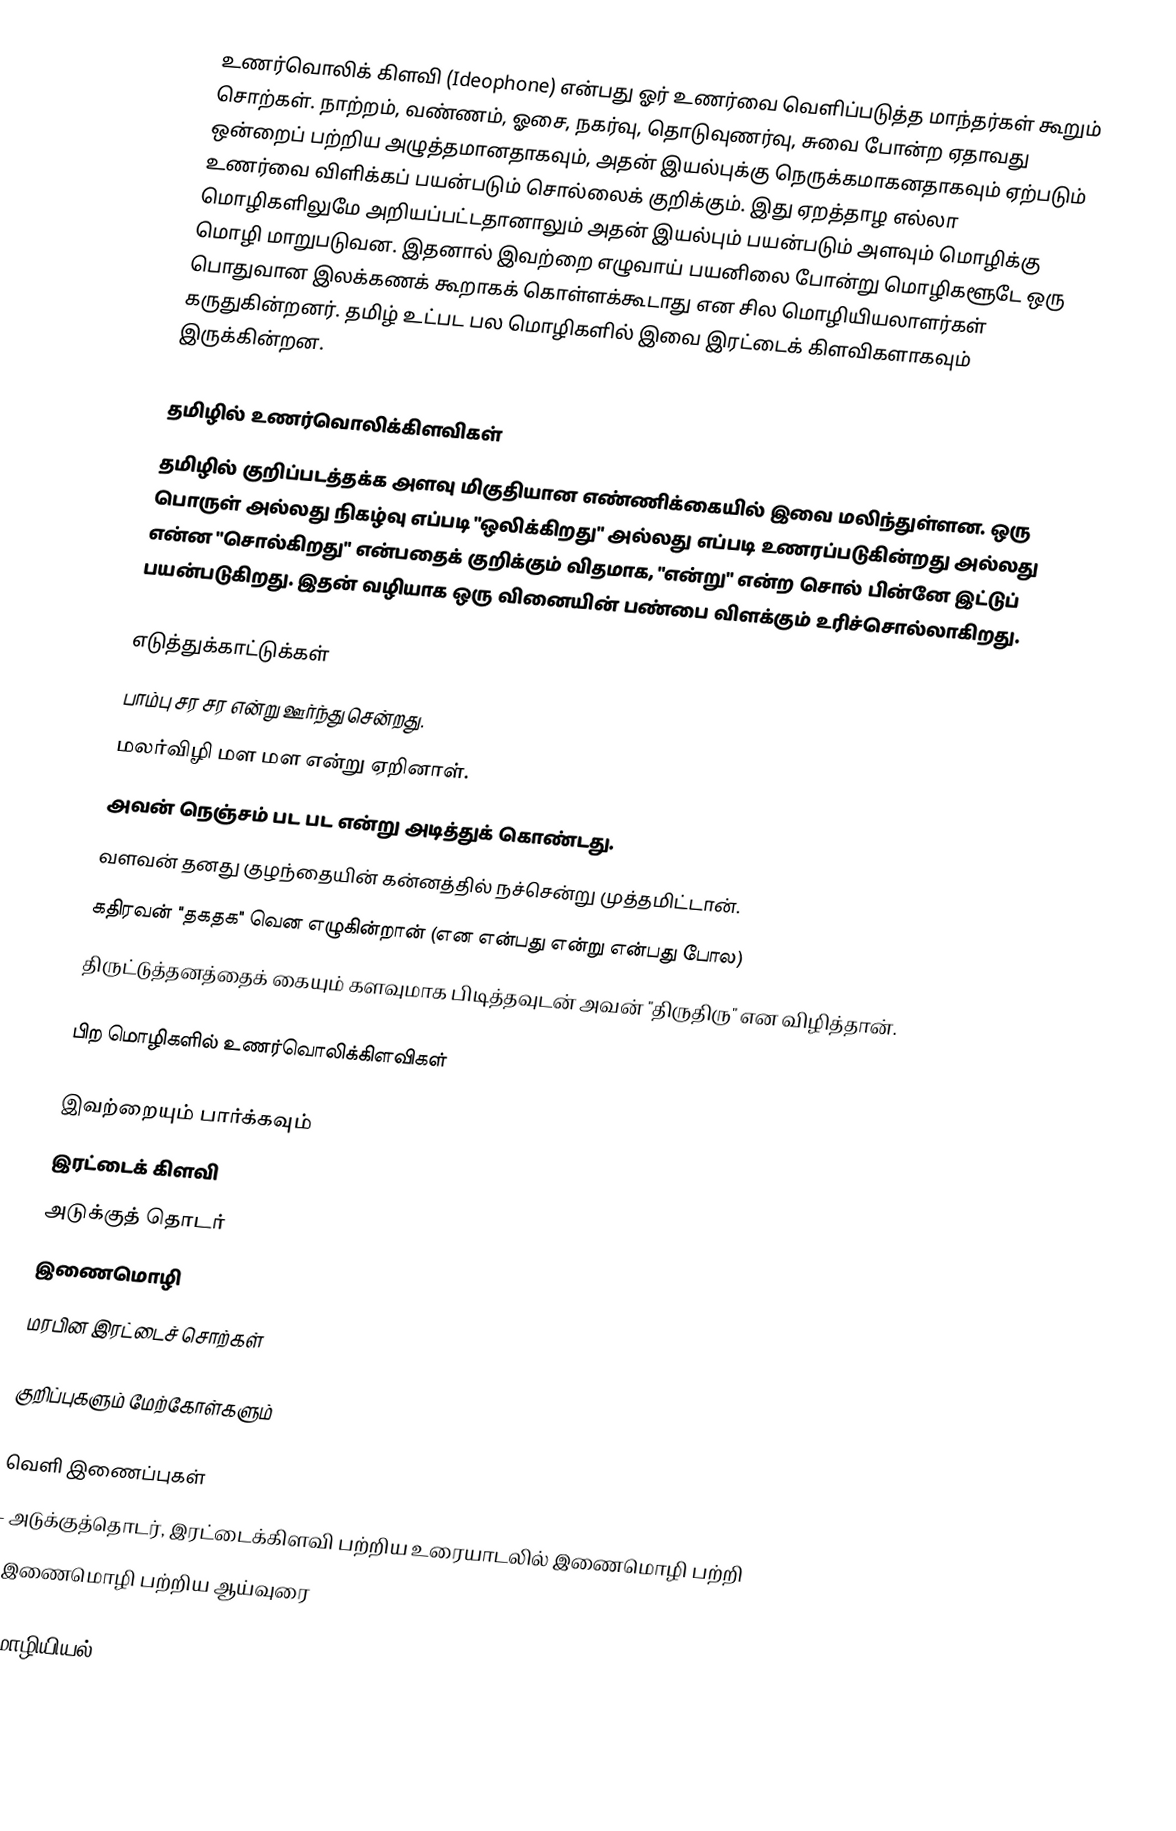
உணர்வொலிக் கிளவி (Ideophone) என்பது ஓர் உணர்வை வெளிப்படுத்த மாந்தர்கள் கூறும் சொற்கள். நாற்றம், வண்ணம், ஓசை, நகர்வு, தொடுவுணர்வு, சுவை போன்ற ஏதாவது ஒன்றைப் பற்றிய அழுத்தமானதாகவும், அதன் இயல்புக்கு நெருக்கமாகனதாகவும் ஏற்படும் உணர்வை விளிக்கப் பயன்படும் சொல்லைக் குறிக்கும். இது ஏறத்தாழ எல்லா மொழிகளிலுமே அறியப்பட்டதானாலும் அதன் இயல்பும் பயன்படும் அளவும் மொழிக்கு மொழி மாறுபடுவன. இதனால் இவற்றை எழுவாய் பயனிலை போன்று மொழிகளூடே ஒரு பொதுவான இலக்கணக் கூறாகக் கொள்ளக்கூடாது என சில மொழியியலாளர்கள் கருதுகின்றனர். தமிழ் உட்பட பல மொழிகளில் இவை இரட்டைக் கிளவிகளாகவும் இருக்கின்றன.

தமிழில் உணர்வொலிக்கிளவிகள்
தமிழில் குறிப்படத்தக்க அளவு மிகுதியான எண்ணிக்கையில் இவை மலிந்துள்ளன. ஒரு பொருள் அல்லது நிகழ்வு எப்படி "ஒலிக்கிறது" அல்லது எப்படி உணரப்படுகின்றது அல்லது என்ன "சொல்கிறது" என்பதைக் குறிக்கும் விதமாக, "என்று" என்ற சொல் பின்னே இட்டுப் பயன்படுகிறது. இதன் வழியாக ஒரு வினையின் பண்பை விளக்கும் உரிச்சொல்லாகிறது.

எடுத்துக்காட்டுக்கள்
 பாம்பு சர சர என்று ஊர்ந்து சென்றது.
 மலர்விழி மள மள என்று ஏறினாள்.
 அவன் நெஞ்சம் பட பட என்று அடித்துக் கொண்டது.
 வளவன் தனது குழந்தையின் கன்னத்தில் நச்சென்று முத்தமிட்டான்.
 கதிரவன் "தகதக" வென எழுகின்றான் (என என்பது என்று என்பது போல)
 திருட்டுத்தனத்தைக் கையும் களவுமாக பிடித்தவுடன் அவன் "திருதிரு" என விழித்தான்.

பிற மொழிகளில் உணர்வொலிக்கிளவிகள்

இவற்றையும் பார்க்கவும்
 இரட்டைக் கிளவி
 அடுக்குத் தொடர்
 இணைமொழி
 மரபின இரட்டைச் சொற்கள்

குறிப்புகளும் மேற்கோள்களும்

வெளி இணைப்புகள்
 - அடுக்குத்தொடர், இரட்டைக்கிளவி பற்றிய உரையாடலில் இணைமொழி பற்றி
 - இணைமொழி பற்றிய ஆய்வுரை

மொழியியல்